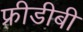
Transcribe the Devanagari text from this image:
फ्रीडीबी